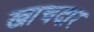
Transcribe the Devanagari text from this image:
खाचदार